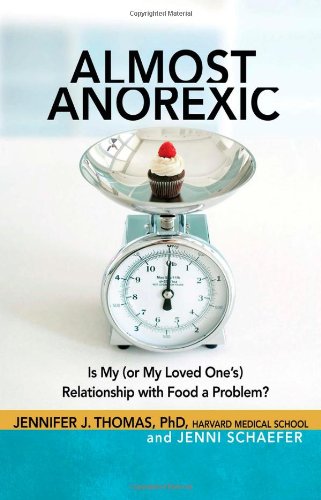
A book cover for Almost Anorexic: Is My (or My Loved One's) Relationship with Food a Problem? (The Almost Effect); Ph.D. Jennifer J Thomas; Self-Help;